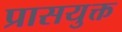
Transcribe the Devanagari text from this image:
प्रासयुक्त